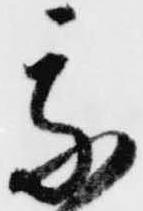
我